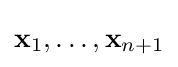
\mathbf {x} _{1},\ldots ,\mathbf {x} _{n+1}